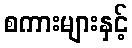
စကားများနှင့်